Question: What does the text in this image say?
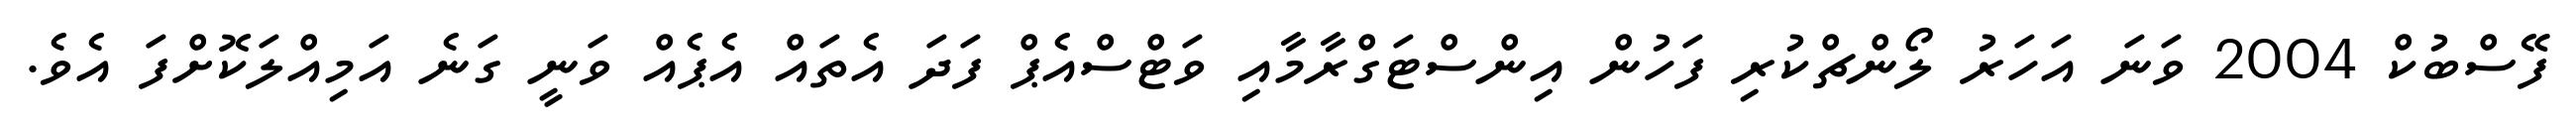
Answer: ފޭސްބުކް 2004 ވަނަ އަހަރު ލޯންޗްކުރި ފަހުން އިންސްޓަގްރާމާއި ވަޓްސްއެޕް ފަދަ އެތައް އެޕެއް ވަނީ ގަނެ އަމިއްލަކޮށްފަ އެވެ.